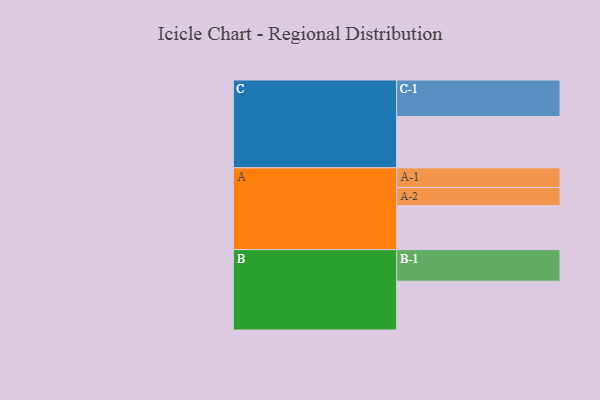
{"axis": {"x": "Segment", "y": "Value"}, "legend": ["", "A", "B", "C"], "data": [{"x": "A", "y": 329, "type": ""}, {"x": "B", "y": 365, "type": ""}, {"x": "C", "y": 384, "type": ""}, {"x": "A-1", "y": 148, "type": "A"}, {"x": "A-2", "y": 135, "type": "A"}, {"x": "B-1", "y": 236, "type": "B"}, {"x": "C-1", "y": 273, "type": "C"}]}